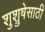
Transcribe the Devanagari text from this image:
शुश्रुषेसाठी